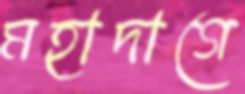
মহাদাগে